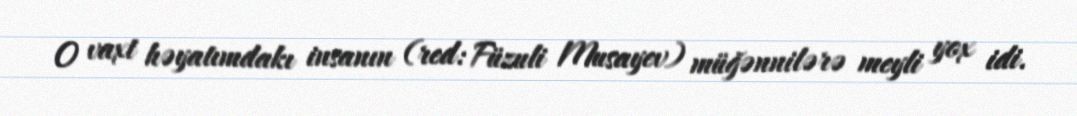
O vaxt həyatımdakı insanın (red: Füzuli Musayev) müğənnilərə meyli yox idi.